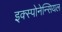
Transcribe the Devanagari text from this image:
इक्स्पोनेन्सियल